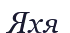
Яхя